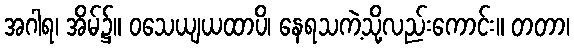
အဂါရ၊ အိမ်၌။ ဝသေယျယထာပိ၊ နေရသကဲ့သို့လည်းကောင်း။ တတာ၊